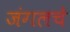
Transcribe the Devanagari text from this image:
जंगलचे